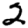
Digit: 2